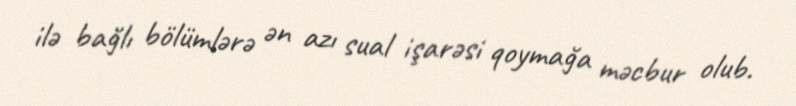
ilə bağlı bölümlərə ən azı sual işarəsi qoymağa məcbur olub.